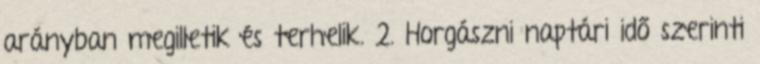
arányban megilletik és terhelik. 2. Horgászni naptári idő szerinti